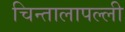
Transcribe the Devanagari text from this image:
चिन्तालापल्ली